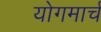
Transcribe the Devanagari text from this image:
योगमार्च